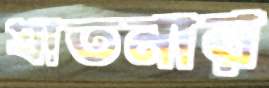
যাতনার